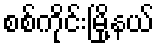
စစ်ကိုင်းမြို့နယ်